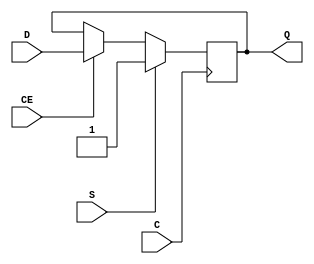
module FDSE_5 (output reg Q, input C, CE, D, S);
  parameter [0:0] INIT = 1'b0;
  parameter [0:0] IS_C_INVERTED = 1'b0;
  parameter [0:0] IS_D_INVERTED = 1'b0;
  parameter [0:0] IS_S_INVERTED = 1'b0;
  initial Q <= INIT;
  generate case (|IS_C_INVERTED)
    1'b0: always @(posedge C) if (S == !IS_S_INVERTED) Q <= 1'b1; else if (CE) Q <= D ^ IS_D_INVERTED;
    1'b1: always @(negedge C) if (S == !IS_S_INVERTED) Q <= 1'b1; else if (CE) Q <= D ^ IS_D_INVERTED;
  endcase endgenerate
endmodule